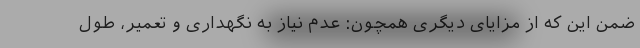
ضمن این که از مزایای دیگری همچون: عدم نیاز به نگهداری و تعمیر، طول